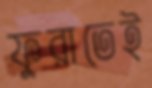
ফুরাতেই